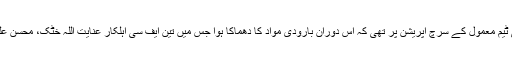
شمالی وزیرستان میں بم ڈسپوزل اسکواڈ کی ٹیم معمول کے سرچ آپریشن پر تھی کہ اس دوران بارودی مواد کا دھماکا ہوا جس میں تین ایف سی اہلکار عنایت اللہ خٹک، محسن علی طوری اور سپاہی صفت اللہ شہید ہوگئے۔